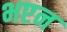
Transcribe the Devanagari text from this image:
भएन